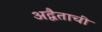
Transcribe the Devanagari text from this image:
अद्वैताची